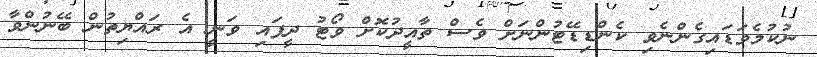
ނުކުމެވަޑައިގެންނެވި ކެންޑިޑޭޓުންނަށް ވެސް ތާއީދުކޮށް ވޯޓު ދީފައި ވަނީ އެ ރައްޔިތުން ބޭނުންވާ